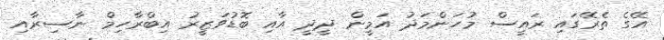
އޭގެ ތެރޭގައި ރައީސް މުހަންމަދު އަމީން ދީދީ އާއި ބޮޑުވަޒީރު އިބްރާހިމް ނާސިރާއި